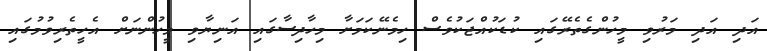
އަދި އަދި މަރުވި މީހުންގެތެރޭގައި ކުޑަކުއްޖަކުވެސް ހިމެނޭކަމަށާ މިހާދިސާގައި އަނިޔާވި މީހުންނަށް އެހީތެރިވުމުގައި